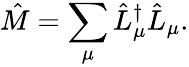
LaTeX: \hat{M}=\sum_{\mu}\hat{L}_{\mu}^{\dagger}\hat{L}_{\mu}.